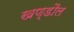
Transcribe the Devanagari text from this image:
खण्डौल